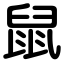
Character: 鼠